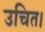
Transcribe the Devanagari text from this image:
उचित।